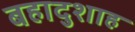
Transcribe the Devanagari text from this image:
बहादुशाह